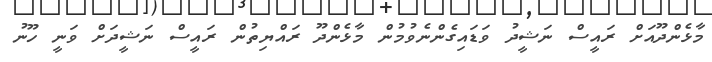
މާޅެންދޫއަށް ރައީސް ނަޝީދު ވަޑައިގެންނެވުމުން މާޅެންދޫ ރައްޔިތުން ރައީސް ނަޝީދަށް ވަނީ ހޫނު